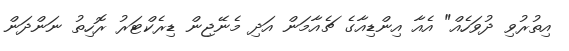
އިތުރުވި ދުވަހެއް" އެއާ އިންޑިއާގެ ޗެއާމަން އަދި މެނޭޖިން ޑިރެކްޓަރު ރޮހިތު ނަންދަން